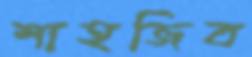
শাহজিব